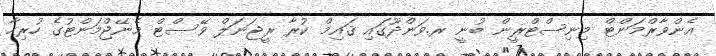
އެންވާރްމަންޓް މިނިސްޓްރީން ބުނީ ރ.ވަންދޫގައި ޤައިމް ކުރާ ރީޖަނަލް ވޭސްޓް މެނޭޖްމަންޓުގެ ހުރިހާ